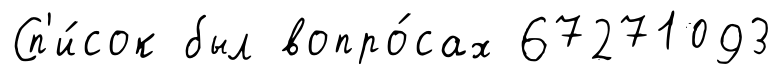
Сп'и́сок был вопро́сах 67271093